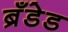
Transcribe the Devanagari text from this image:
ब्रँडेड